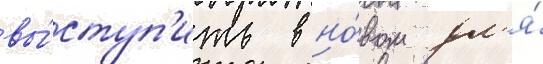
вы́ступ'ить в но́вом дл'я́